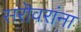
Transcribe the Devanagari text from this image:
सरॊवरांना